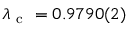
\lambda _ { \mathrm { ~ c ~ } } = 0 . 9 7 9 0 ( 2 )